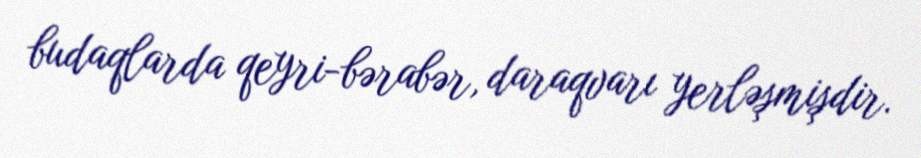
budaqlarda qeyri-bərabər, daraqvarı yerləşmişdir.